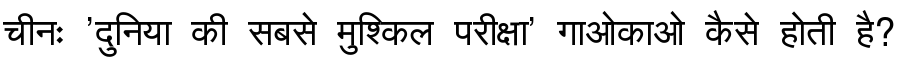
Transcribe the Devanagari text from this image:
चीनः 'दुनिया की सबसे मुश्किल परीक्षा' गाओकाओ कैसे होती है?